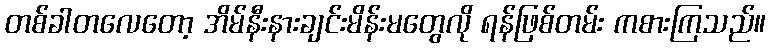
တစ်ခါတလေတော့ အိမ်နီးနားချင်းမိန်းမတွေလို ရန်ဖြစ်တမ်း ကစားကြသည်။